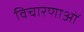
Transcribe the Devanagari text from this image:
विचारणाओं